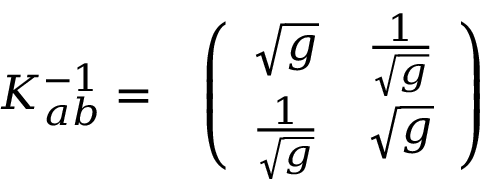
\begin{array} { c c } { { K _ { a b } ^ { - 1 } = } } & { { \left( \begin{array} { c c } { { \sqrt { g } } } & { { { \frac { 1 } { \sqrt { g } } } } } \\ { { { \frac { 1 } { \sqrt { g } } } } } & { { \sqrt { g } } } \end{array} \right) } } \end{array}